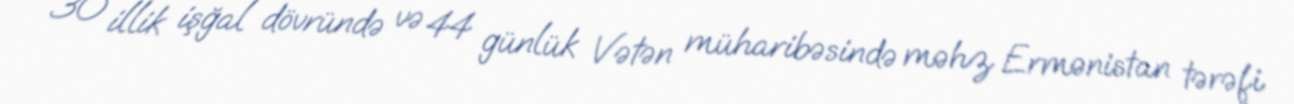
30 illik işğal dövründə və 44 günlük Vətən müharibəsində məhz Ermənistan tərəfi